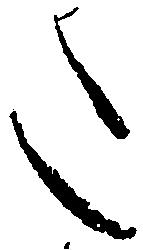
た